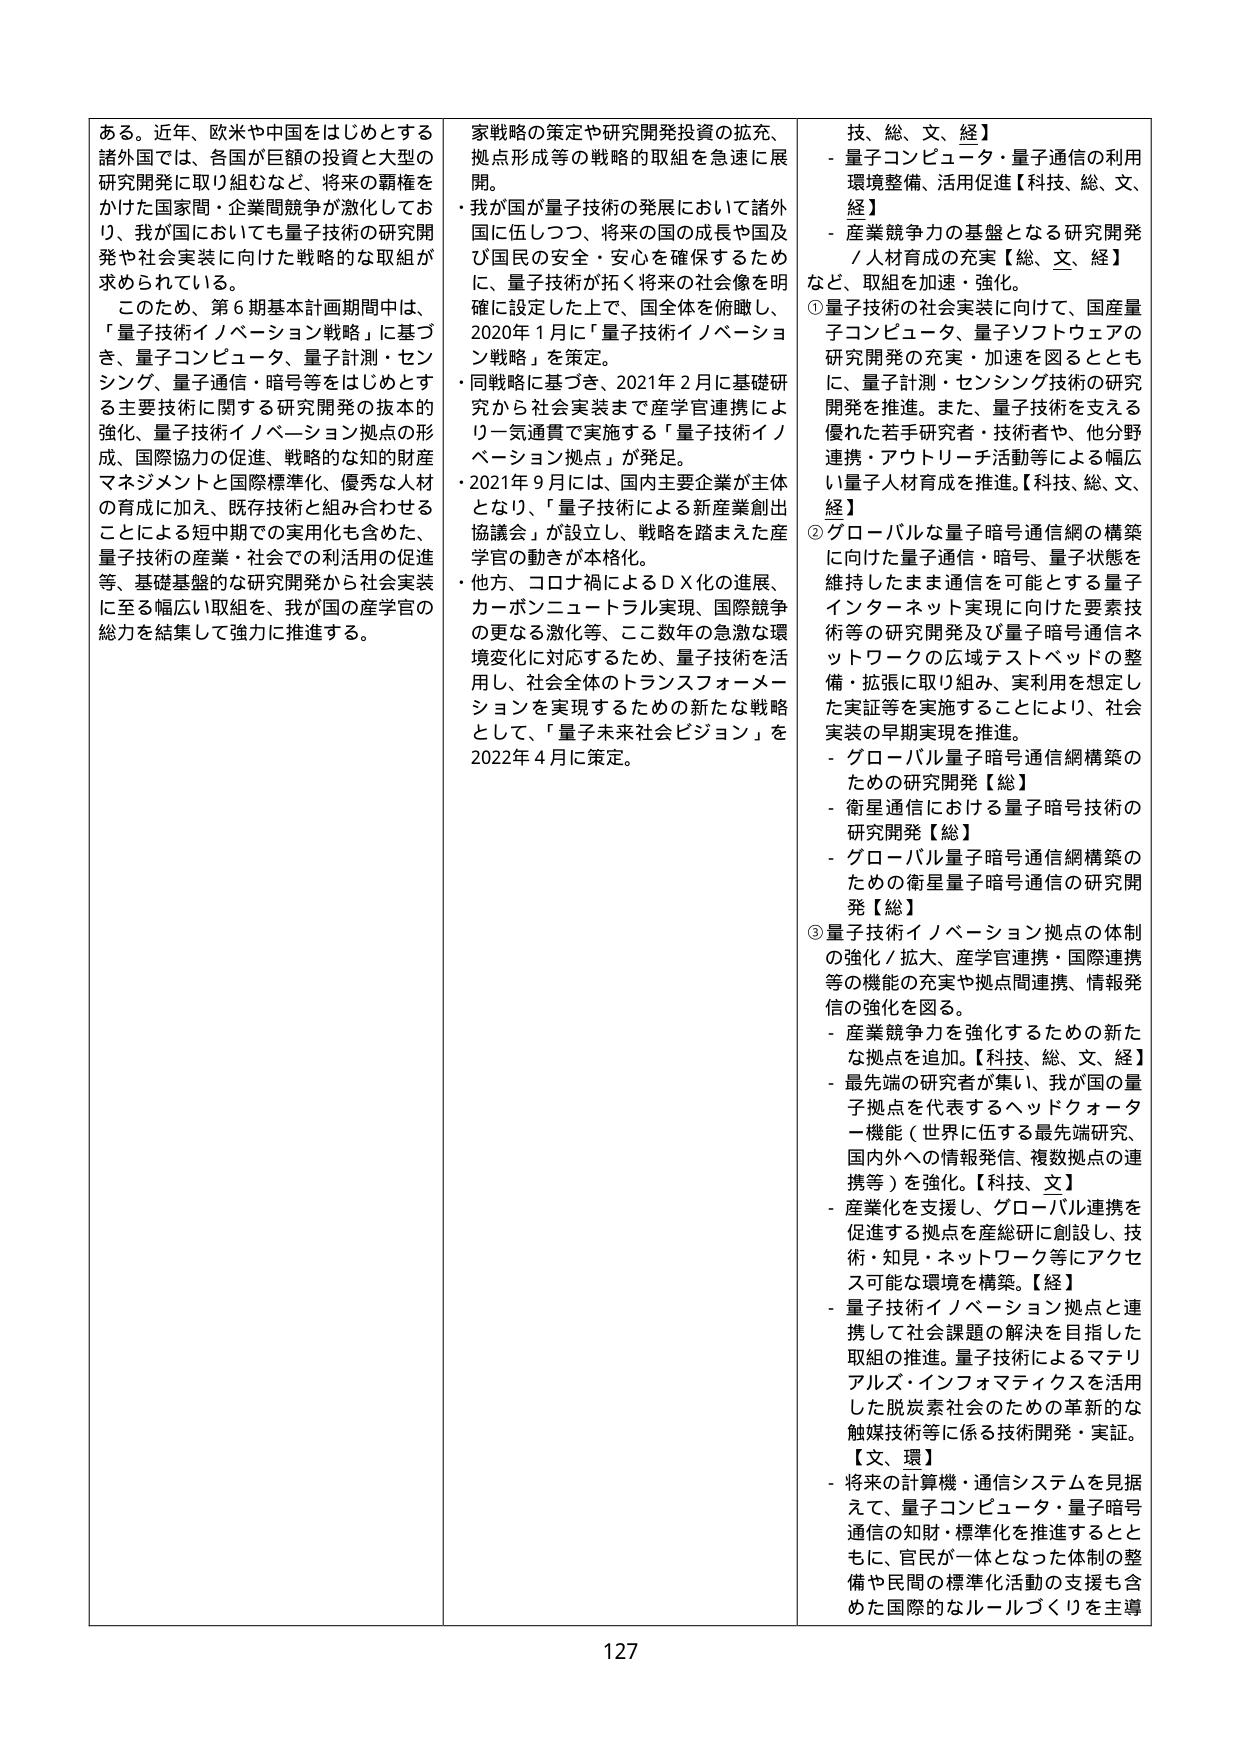
ある。近年、欧米や中国をはじめとする諸外国では、各国が巨額の投資と大型の研究開発に取り組むなど、将来の覇権をかけた国家間・企業間競争が激化しており、我が国においても量子技術の研究開発や社会実装に向けた戦略的な取組が求められている。

このため、第6期基本計画期間中は、「量子技術イノベーション戦略」に基づき、量子コンピュータ・量子計測・センシング・量子通信・暗号等をはじめとする主要技術に関する研究開発の抜本的強化、量子技術イノベーション拠点の形成、国際協力の促進、戦略的な知的財産マネジメントと国際標準化、優秀な人材の育成に加え、既存技術と組み合わせることによる短中期での実用化も含めた、量子技術の産業・社会での利活用の促進等、基礎基盤的な研究開発から社会実装に至る幅広い取組を、我が国の産学官の総力を結集して強力に推進する。

家戦略の策定や研究開発投資の拡充、拠点形成等の戦略的取組を急速に展開。

・我が国が量子技術の発展において諸外国に伍しつつ、将来の国の成長や国及び国民の安全・安心を確保するためには、量子技術が拓く将来の社会像を明確に設定した上で、全国全体を俯瞰し、2020年1月に「量子技術イノベーション戦略」を策定。

・同戦略に基づき、2021年2月に基礎研究から社会実装まで産学官連携により一気通貫で実施する「量子技術イノベーション拠点」が発足。

・2021年9月には、国内主要企業が主体となり、「量子技術による新産業創出協議会」が設立し、戦略を踏まえた産学官の動きが本格化。

・他方、コロナ禍によるDX化の進展、カーボンニュートラル実現、国際競争の更なる激化等、ここ数年の急激な環境変化に対応するため、量子技術を活用し、社会全体のトランスフォーメーションを実現するための新たな戦略として、「量子未来社会ビジョン」を2022年4月に策定。

技、総、文、経】
- 量子コンピュータ・量子通信の利用環境整備、活用促進【科技、総、文、経】
- 産業競争力の基盤となる研究開発／人材育成の充実【総、文、経】
など、取組を加速・強化。

①量子技術の社会実装に向けて、国産量子コンピュータ、量子ソフトウェアの研究開発の充実・加速を図るとともに、量子計測・センシング技術の研究開発を推進。また、量子技術を支える優れた若手研究者・技術者や、他分野連携・アウトリーチ活動等による幅広い量子人材育成を推進。【科技、総、文、経】

②グローバルな量子暗号通信網の構築に向けた量子通信・暗号、量子状態を維持したまま通信を可能とする量子インターネット実現に向けた要素技術等の研究開発及び量子暗号通信ネットワークの広域テストベッドの整備・拡張に取り組み、実利用を想定した実証等を実施することにより、社会実装の早期実現を推進。
- グローバル量子暗号通信網構築のための研究開発【総】
- 衛星通信における量子暗号技術の研究開発【総】
- グローバル量子暗号通信網構築のための衛星量子暗号通信の研究開発【総】

③量子技術イノベーション拠点の体制の強化／拡大、産学官連携・国際連携等の機能の充実や拠点間連携、情報発信の強化を図る。
- 産業競争力を強化するための新たな拠点を追加。【科技、総、文、経】
- 最先端の研究者が集い、我が国の量子拠点を代表するヘッドクォーター機能（世界に伍する最先端研究、国内外への情報発信、複数拠点の連携等）を強化。【科技、文】
- 産業化を支援し、グローバル連携を促進する拠点を産総研に創設し、技術・知見・ネットワーク等にアクセス可能な環境を構築。【経】
- 量子技術イノベーション拠点と連携して社会課題の解決を目指した取組の推進。量子技術によるマテリアルズ・インフォマティクスを活用した脱炭素社会のための革新的な触媒技術等に係る技術開発・実証。【文、環】

- 将来の計算機・通信システムを見据えて、量子コンピュータ・量子暗号通信の知財・標準化を推進するとともに、官民が一体となった体制の整備や民間の標準化活動の支援も含めた国際的なルールづくりを主導

127